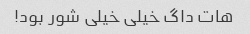
هات داگ خیلی خیلی شور بود!